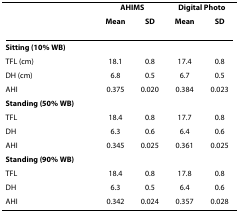
<table><thead><tr><td></td><td colspan="2"><b>AHIMS</b></td><td colspan="2"><b>Digital Photo</b></td></tr><tr><td></td><td><b>Mean</b></td><td><b>SD</b></td><td><b>Mean</b></td><td><b>SD</b></td></tr></thead><tbody><tr><td><b>Sitting (10% WB)</b></td><td></td><td></td><td></td><td></td></tr><tr><td>TFL (cm)</td><td>18.1</td><td>0.8</td><td>17.4</td><td>0.8</td></tr><tr><td>DH (cm)</td><td>6.8</td><td>0.5</td><td>6.7</td><td>0.5</td></tr><tr><td>AHI</td><td>0.375</td><td>0.020</td><td>0.384</td><td>0.023</td></tr><tr><td><b>Standing (50% WB)</b></td><td></td><td></td><td></td><td></td></tr><tr><td>TFL</td><td>18.4</td><td>0.8</td><td>17.7</td><td>0.8</td></tr><tr><td>DH</td><td>6.3</td><td>0.6</td><td>6.4</td><td>0.6</td></tr><tr><td>AHI</td><td>0.345</td><td>0.025</td><td>0.361</td><td>0.025</td></tr><tr><td><b>Standing (90% WB)</b></td><td></td><td></td><td></td><td></td></tr><tr><td>TFL</td><td>18.4</td><td>0.8</td><td>17.8</td><td>0.8</td></tr><tr><td>DH</td><td>6.3</td><td>0.5</td><td>6.4</td><td>0.6</td></tr><tr><td>AHI</td><td>0.342</td><td>0.024</td><td>0.357</td><td>0.028</td></tr></tbody></table>